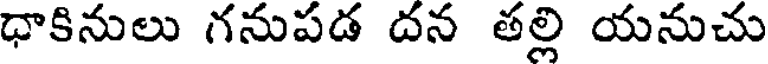
ధాకినులు గనుపడ దన తల్లి యనుచు